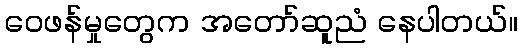
ဝေဖန်မှုတွေက အတော်ဆူညံ နေပါတယ်။